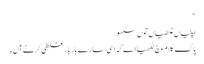
‏“‏
اپنیاں غلطیاں توں سکھو
پاک کلام وچ لکھیا اے کہ اَسی سارے بار بار غلطی کرنے آں۔